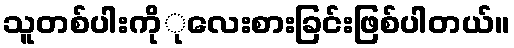
သူတစ်ပါးကိုုလေးစားခြင်းဖြစ်ပါတယ်။